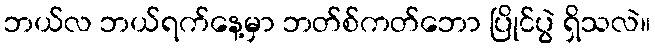
ဘယ်လ ဘယ်ရက်နေ့မှာ ဘတ်စ်ကတ်ဘော ပြိုင်ပွဲ ရှိသလဲ။